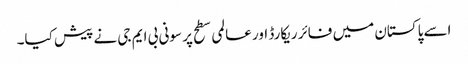
اسے پاکستان میں فائر ریکارڈ اور عالمی سطح پر سونی بی ایم جی نے پیش کیا۔